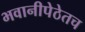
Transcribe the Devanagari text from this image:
भवानीपेठेतच